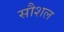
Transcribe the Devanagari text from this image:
सौशल